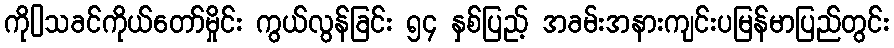
ကို[]သခင်ကိုယ်တော်မှိုင်း ကွယ်လွန်ခြင်း ၅၄ နှစ်ပြည့် အခမ်းအနားကျင်းပမြန်မာပြည်တွင်း